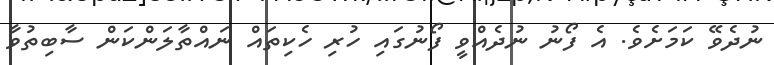
ނުދެވޭ ކަމަށެވެ. އެ ފޯނު ނުދެއްވީ ފޯނުގައި ހުރި ހެކިތައް ނައްތާލަންކަން ސާބިތުވާ